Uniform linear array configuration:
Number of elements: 4
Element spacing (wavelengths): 0.5
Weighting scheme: cosine
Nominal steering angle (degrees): -15
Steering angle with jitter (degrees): -13.563
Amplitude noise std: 0.05
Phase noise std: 0.05

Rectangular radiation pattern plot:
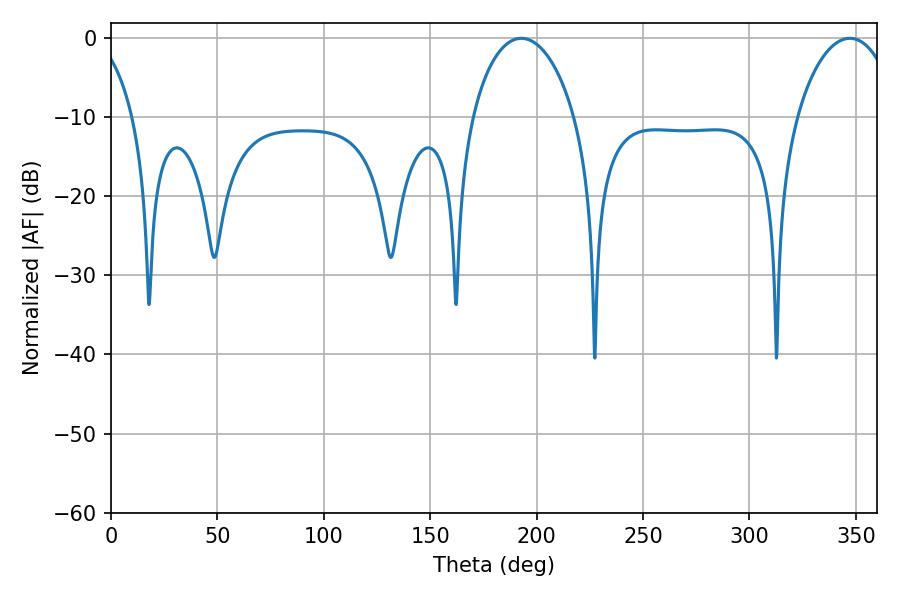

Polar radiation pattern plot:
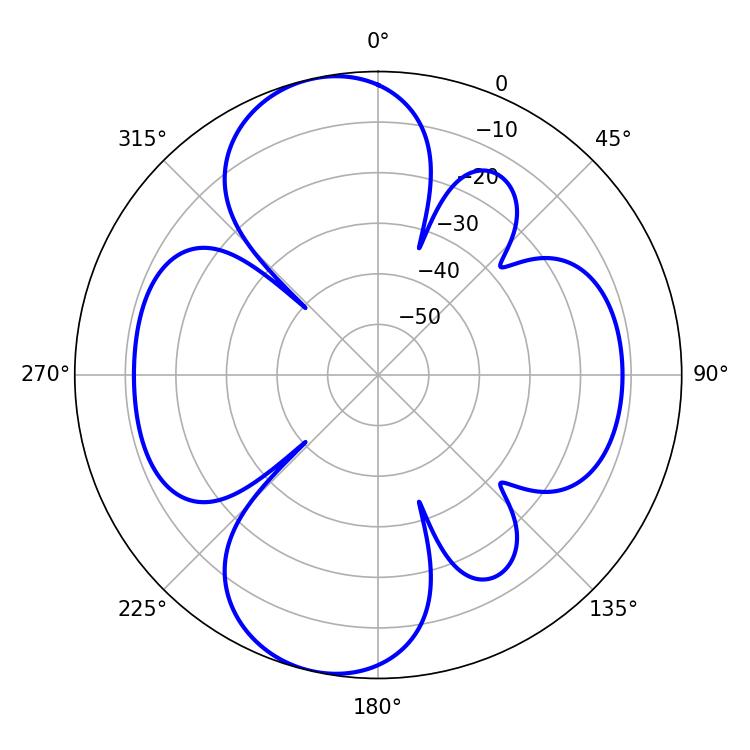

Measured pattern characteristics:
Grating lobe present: FALSE
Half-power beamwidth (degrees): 27.72
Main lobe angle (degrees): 192.78